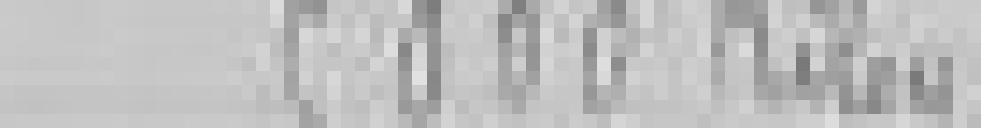
5000 kilogrammes